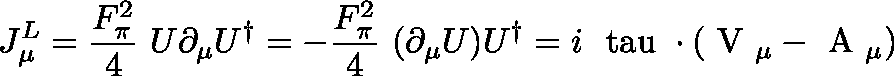
J _ { \mu } ^ { L } = \frac { F _ { \pi } ^ { 2 } } { 4 } ~ U \partial _ { \mu } U ^ { \dag } = - \frac { F _ { \pi } ^ { 2 } } { 4 } ~ ( \partial _ { \mu } U ) U ^ { \dag } = i \mathrm { \boldmath ~ \ t a u ~ } \cdot ( \mathrm { \boldmath ~ V ~ } _ { \mu } - \mathrm { \boldmath ~ A ~ } _ { \mu } )